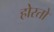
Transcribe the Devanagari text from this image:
होरतो